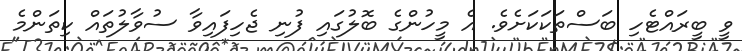
ވީ ބީރައްޓެހި ބަސްތަކަކަށެވެ. އެ މީހުންގެ ބޮލުގައި ފުނި ޖެހިފައިވާ ސުވާލުތައް ކިތަންމެ